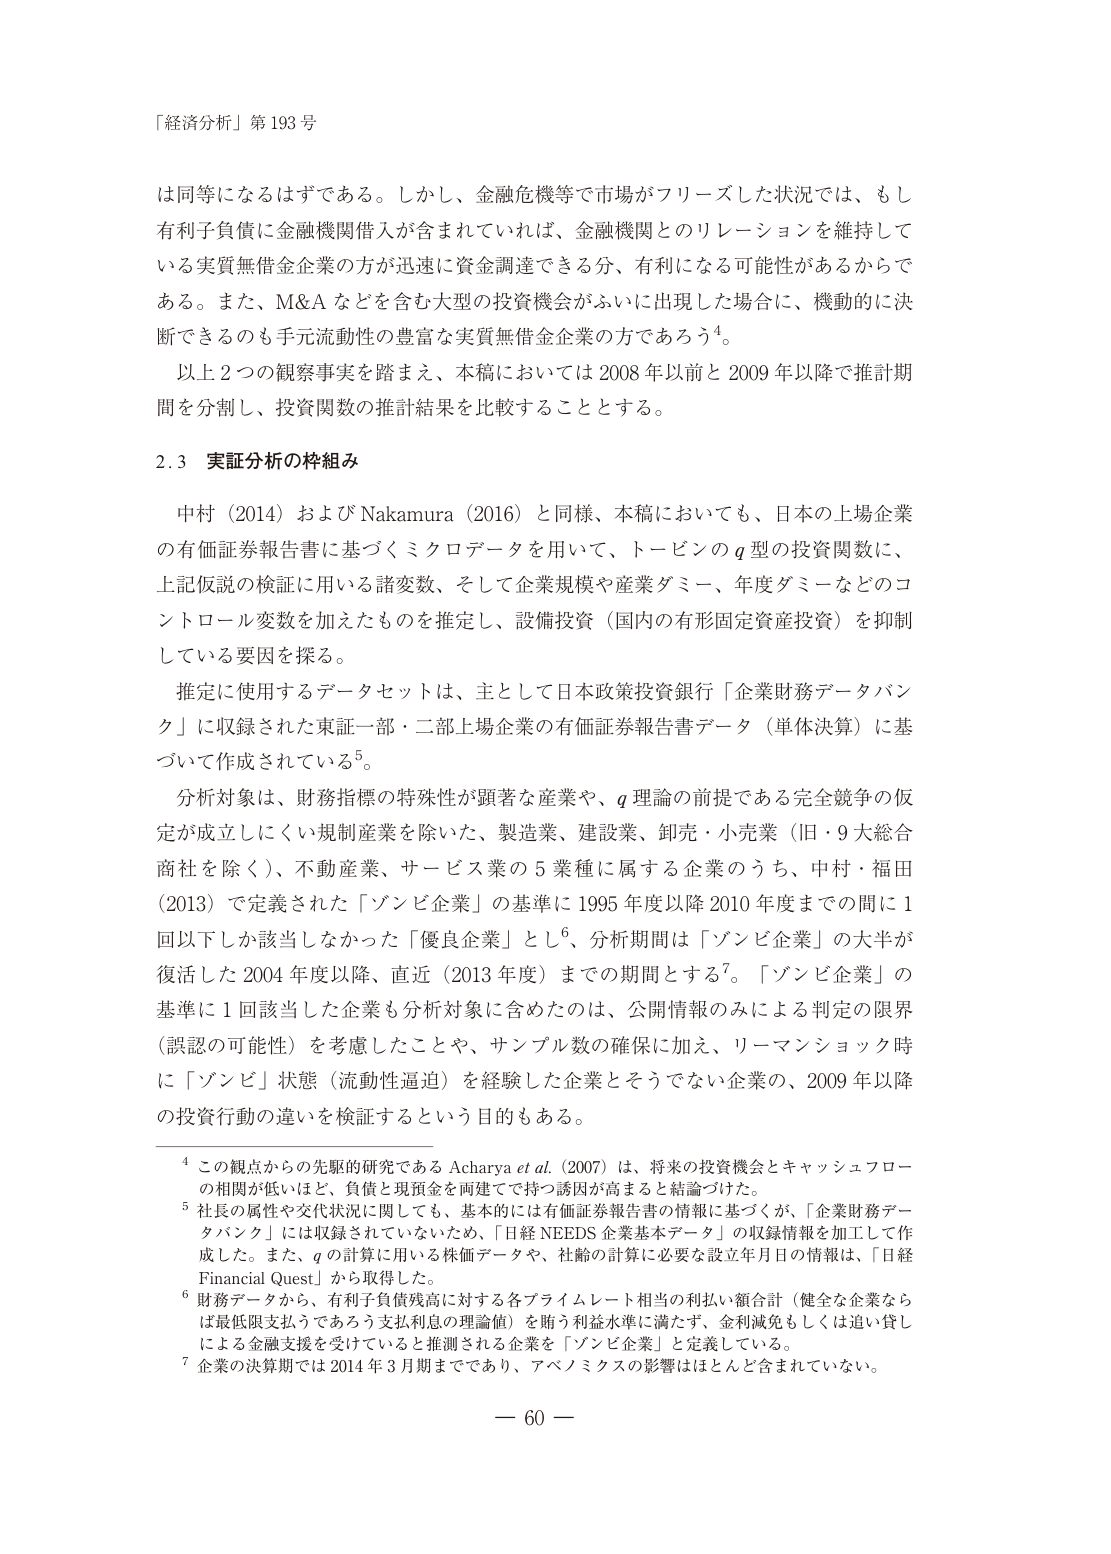
「経済分析」第 193 号

は同等になるはずである。しかし、金融危機等で市場がフリーズした状況では、もし有利子負債に金融機関借入が含まれていれば、金融機関とのリレーションを維持している実質無借金企業の方が迅速に資金調達できる分、有利になる可能性があるからである。また、M&A などを含む大型の投資機会がふいに出現した場合に、機動的に決断できるのも手元流動性の豊富な実質無借金企業の方であろう⁴。

以上２つの観察事実を踏まえ、本稿においては 2008 年以前と 2009 年以降で推計期間を分割し、投資関数の推計結果を比較することとする。

2.3 実証分析の枠組み

中村（2014）および Nakamura（2016）と同様、本稿においても、日本の上場企業の有価証券報告書に基づくミクロデータを用いて、トービンの q 型の投資関数に、上記仮説の検証に用いる諸変数、そして企業規模や産業ダミー、年度ダミーなどのコントロール変数を加えたものを推定し、設備投資（国内の有形固定資産投資）を抑制している要因を探る。

推定に使用するデータセットは、主として日本政策投資銀行「企業財務データバンク」に収録された東証一部・二部上場企業の有価証券報告書データ（単体決算）に基づいて作成されている⁵。

分析対象は、財務指標の特殊性が顕著な産業や、q 理論の前提である完全競争の仮定が成立しにくい規制産業を除いた、製造業、建設業、卸売・小売業（旧・9 大総合商社を除く）、不動産業、サービス業の 5 業種に属する企業のうち、中村・福田（2013）で定義された「ゾンビ企業」の基準に 1995 年度以降 2010 年度までの間に 1 回以下しか該当しなかった「優良企業」とし⁶、分析期間は「ゾンビ企業」の大半が復活した 2004 年度以降、直近（2013 年度）までの期間とする⁷。「ゾンビ企業」の基準に 1 回該当した企業も分析対象に含めたのは、公開情報のみによる判定の限界（誤認の可能性）を考慮したことや、サンプル数の確保に加え、リーマンショック時に「ゾンビ」状態（流動性逼迫）を経験した企業とそうでない企業の、2009 年以降の投資行動の違いを検証するという目的もある。

⁴ この観点からの先駆的研究である Acharya et al.（2007）は、将来の投資機会とキャッシュフローの相関が低いほど、負債と現預金を両建てで持つ誘因が高まると結論づけた。

⁵ 社長の属性や交代状況に関しても、基本的には有価証券報告書の情報に基づくが、「企業財務データバンク」には収録されていないため、「日経 NEEDS 企業基本データ」の収録情報を加工して作成した。また、q の計算に用いる株価データや、社齢の計算に必要な設立年月日の情報は、「日経 Financial Quest」から取得した。

⁶ 財務データから、有利子負債残高に対する各プライムレート相当の利払い額合計（健全な企業ならば最低限支払うであろう支払利息の理論値）を賄う利益水準に満たず、金利減免もしくは追い貸しによる金融支援を受けていると推測される企業を「ゾンビ企業」と定義している。

⁷ 企業の決算期は 2014 年 3 月期までであり、アベノミクスの影響はほとんど含まれていない。

— 60 —